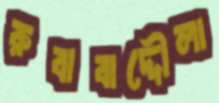
রুবাবাদ্দৌলা